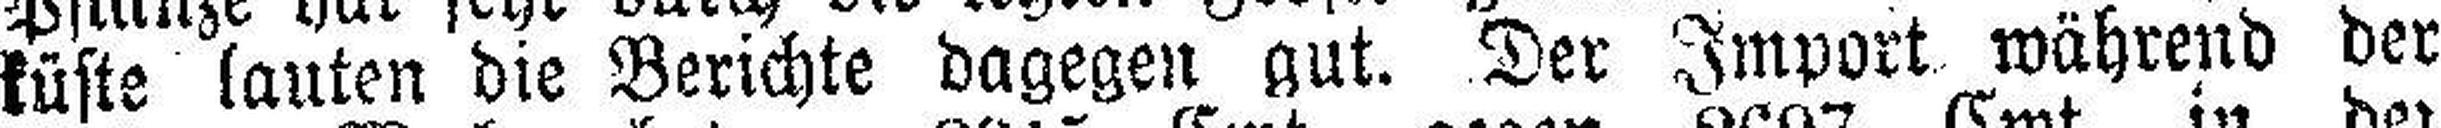
küste lauten die Berichte dagegen gut. Der Import während der